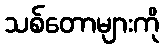
သစ်တောများကို